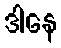
ဒါနေ